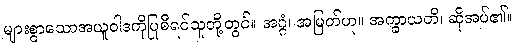
များစွာသောအယူဝါဒကိုပြုစီရင်သူတို့တွင်။ အဂ္ဂံ၊ အမြတ်ဟု။ အက္ခာယတိ၊ ဆိုအပ်၏။